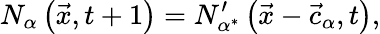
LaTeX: N_{\alpha}\left(\vec{x},t+1\right)=N_{\alpha^{*}}^{\prime}\left(\vec{x}-\vec{c}_{\alpha},t\right),